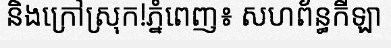
និងក្រៅស្រុក!ភ្នំពេញ៖ សហព័ន្ធកីឡា